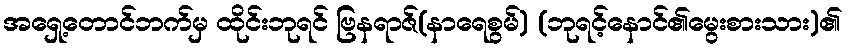
အရှေ့တောင်ဘက်မှ ထိုင်းဘုရင် ဗြနရာဇ်(နာရေစွမ်) (ဘုရင့်နောင်၏မွေးစားသား)၏